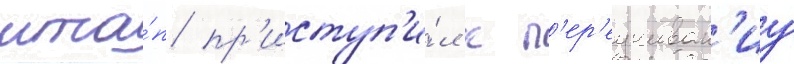
мта́п пр'иступ'и́л к п'ер'еучиван'иу